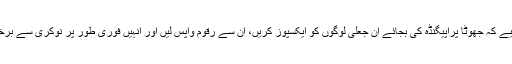
حکومت کو چاہیے کہ جھوٹا پراپیگنڈہ کی بجائے ان جعلی لوگوں کو ایکسپوز کریں، ان سے رقوم واپس لیں اور انہیں فوری طور پر نوکری سے برخاست کیا جائے۔